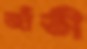
জাঁতী